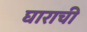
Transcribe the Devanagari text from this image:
घाराची